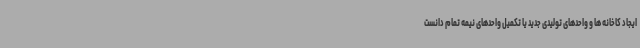
ایجاد کاخانه ها و واحدهای تولیدی جدید یا تکمیل واحدهای نیمه تمام دانست